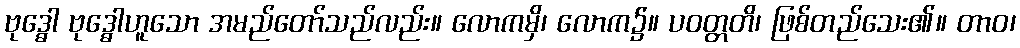
ဗုဒ္ဓေါ ဗုဒ္ဓေါဟူသော အမည်တော်သည်လည်း။ လောကမှိ၊ လောက၌။ ပဝတ္တတိ၊ ဖြစ်တည်သေး၏။ တာဝ၊